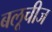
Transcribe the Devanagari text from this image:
बलूचीज